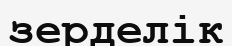
зерделік